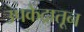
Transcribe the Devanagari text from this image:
उपकेंद्रातून